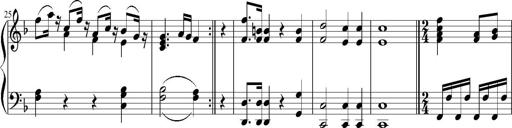
Title: 12 Sonatinas for Piano
Composer: Johann Baptist Vanhal